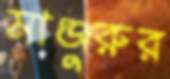
মাঞ্জুরুর